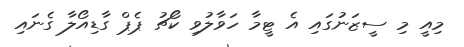
މިއީ މި ސީޒަނުގައި އެ ޓީމާ ހަވާލުވި ކޯޗު ޕެޕް ގާޑިއޯލާ ގެނައި